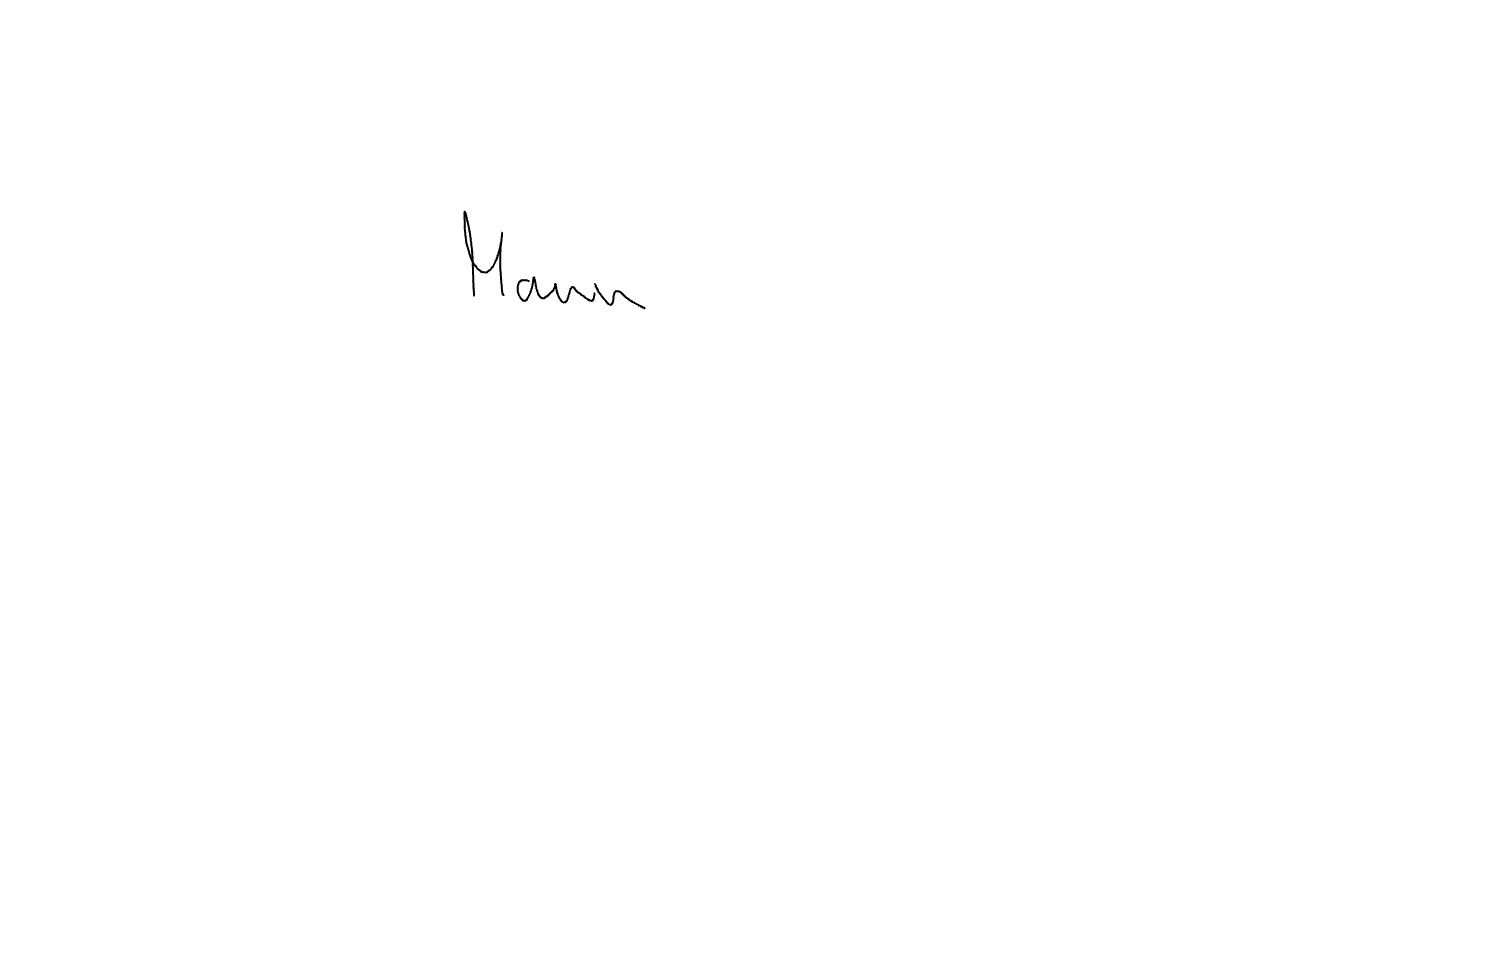
Text: Mann